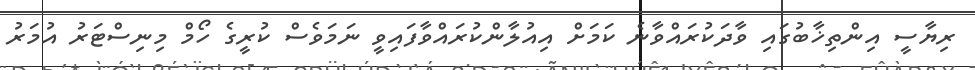
ރިޔާސީ އިންތިޚާބުގައި ވާދަކުރައްވާނެ ކަމަށް އިއުލާންކުރައްވާފައިވީ ނަމަވެސް ކުރީގެ ހޯމް މިނިސްޓަރު އުމަރު